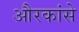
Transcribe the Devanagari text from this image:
औरकांसे